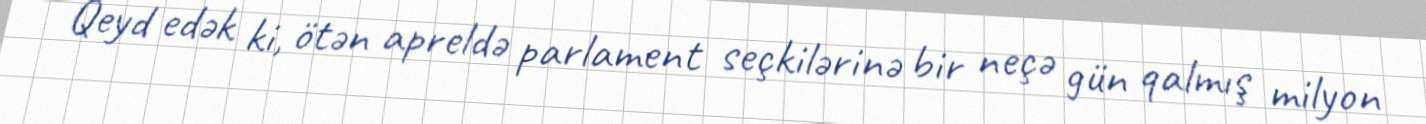
Qeyd edək ki, ötən apreldə parlament seçkilərinə bir neçə gün qalmış milyon